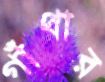
গাঁথার